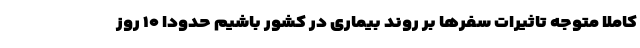
کاملا متوجه تاثیرات سفرها بر روند بیماری در کشور باشیم حدودا ۱۰ روز